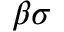
\beta \sigma